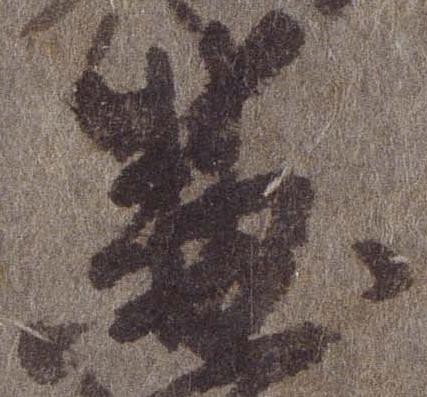
兼